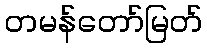
တမန်တော်မြတ်